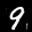
Label: 9